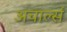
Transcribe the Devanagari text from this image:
अचार्ल्स